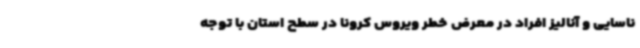
ناسایی و آنالیز افراد در معرض خطر ویروس کرونا در سطح استان با توجه